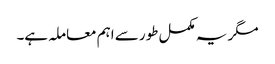
مگر یہ مکمل طور سے اہم معاملہ ہے۔